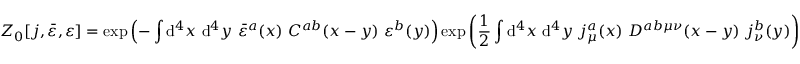
Z _ { 0 } [ j , { \bar { \varepsilon } } , \varepsilon ] = \exp \left( - \int \mathrm { d } ^ { 4 } x \ \mathrm { d } ^ { 4 } y \ { \bar { \varepsilon } } ^ { a } ( x ) \ C ^ { a b } ( x - y ) \ \varepsilon ^ { b } ( y ) \right) \exp \left( { \frac { 1 } { 2 } } \int \mathrm { d } ^ { 4 } x \ \mathrm { d } ^ { 4 } y \ j _ { \mu } ^ { a } ( x ) \ D ^ { a b \mu \nu } ( x - y ) \ j _ { \nu } ^ { b } ( y ) \right)